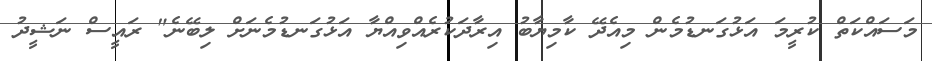
މަސައްކަތް ކުރީމަ އަޅުގަނޑުމެން މިއެދޭ ކާމިޔާބު އިރާދަކުރެއްވިއްޔާ އަޅުގަނޑުމެނަށް ލިބޭނެ" ރައީސް ނަޝީދު